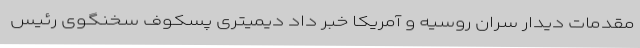
مقدمات دیدار سران روسیه و آمریکا خبر داد دیمیتری پسکوف سخنگوی رئیس